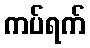
ကပ်ရက်